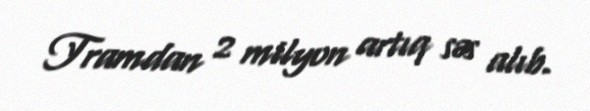
Tramdan 2 milyon artıq səs alıb.